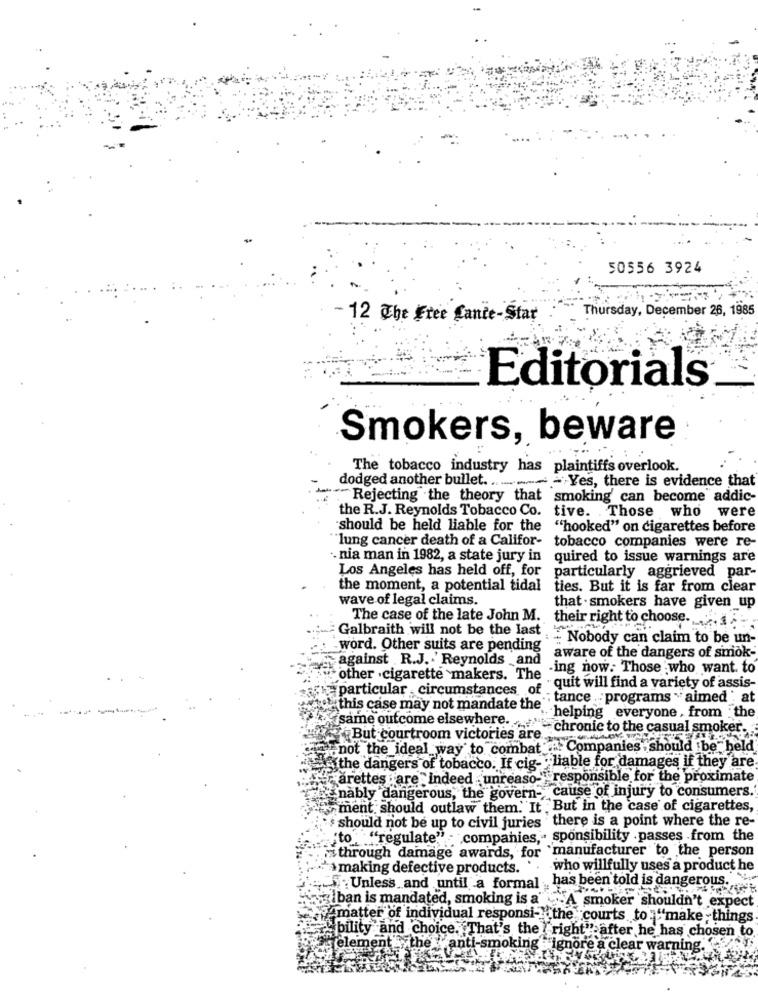
50556 3924
Thursday, December 26, 1985
- 12 The Free Lance-Star
Editorials
Smokers, beware
The tobacco industry has plaintiffs overlook.
dodged another bullet ...... - Yes, there is evidence that
"Rejecting the theory that smoking' can become addic-
the R.J. Reynolds Tobacco Co.
tive. Those who were
should be held liable for the
""hooked" on cigarettes before
lung cancer death of a Califor-
tobacco companies were re-
. nia man in 1982, a state jury in quired to issue warnings are
Los Angeles has held off, for particularly aggrieved par-
the moment, a potential tidal
ties. But it is far from clear
wave of legal claims
that . smokers have given_up
The case of the late John M.
Galbraith will not be the last
their right to choose. ..
: - Nobody can claim to be un-
word. Other suits are pending
against R.J. Reynolds and
aware of the dangers of smok-
-ing now. Those who want. to
other . cigarette makers. The
particular circumstances, of .
" quit will find a variety of assis-
"this case may not mandate the"" tance . programs "aimed : at
helping everyone , from the
same outcome elsewhere. "chronic to the casual smoker.
But courtroom victories are.
not the_ideal way to combat ". Companies should be held
the dangers of tobacco. If cig- liable for damages if they are.
"arettes fare indeed unreaso " responsible for the proximate
nably dangerous, the govern- cause of injury to consumers.
ment. should outlaw them." It But in the case of cigarettes,
should not be up to civil juries there is a point where the re-
to: "regulate" . companies, sponsibility .passes from the
through damage awards, for manufacturer to the person
making defective products.
who willfully uses a product he
has been told is dangerous. ..
Unless and until a formal
giban is mandated, smoking is a"
A smoker shouldn't expect
"Amatter of individual responsi- the courts to:"make things
"bility and choice. That's the I right" after he has chosen to
element , the anti-smoking :"ignore a clear warning.